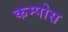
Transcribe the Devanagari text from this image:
कम्पोस